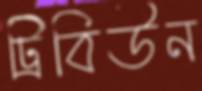
ট্রিবিউন